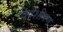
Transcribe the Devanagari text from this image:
दिवशीपण